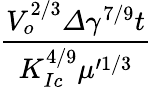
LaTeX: \frac{V_{o}^{2/3}\varDelta\gamma^{7/9}t}{K_{Ic}^{4/9}\mu^{\prime 1/3}}